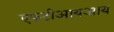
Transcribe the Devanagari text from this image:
एफटीआयआय